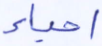
أحياء